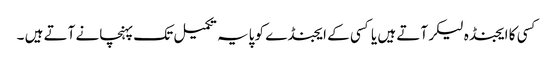
کسی کا ایجنڈہ لیکر آتے ہیں یا کسی کے ایجنڈے کو پایہ تکمیل تک پہنچانے آتے ہیں ۔